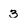
Character: 3